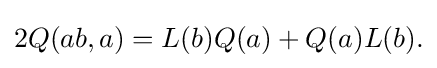
\displaystyle {2Q(ab,a)=L(b)Q(a)+Q(a)L(b).}